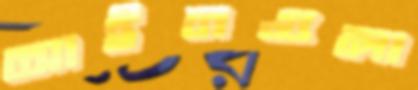
আইনগুলা